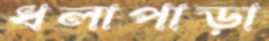
ধলাপাড়া